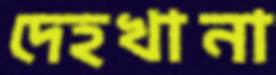
দেহখানা